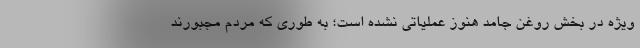
ویژه در بخش روغن جامد هنوز عملیاتی نشده است؛ به طوری که مردم مجبورند